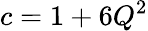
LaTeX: c=1+6Q^{2}